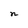
Character: n